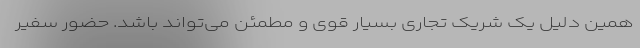
همین دلیل یک شریک تجاری بسیار قوی و مطمئن می‌تواند باشد. حضور سفیر